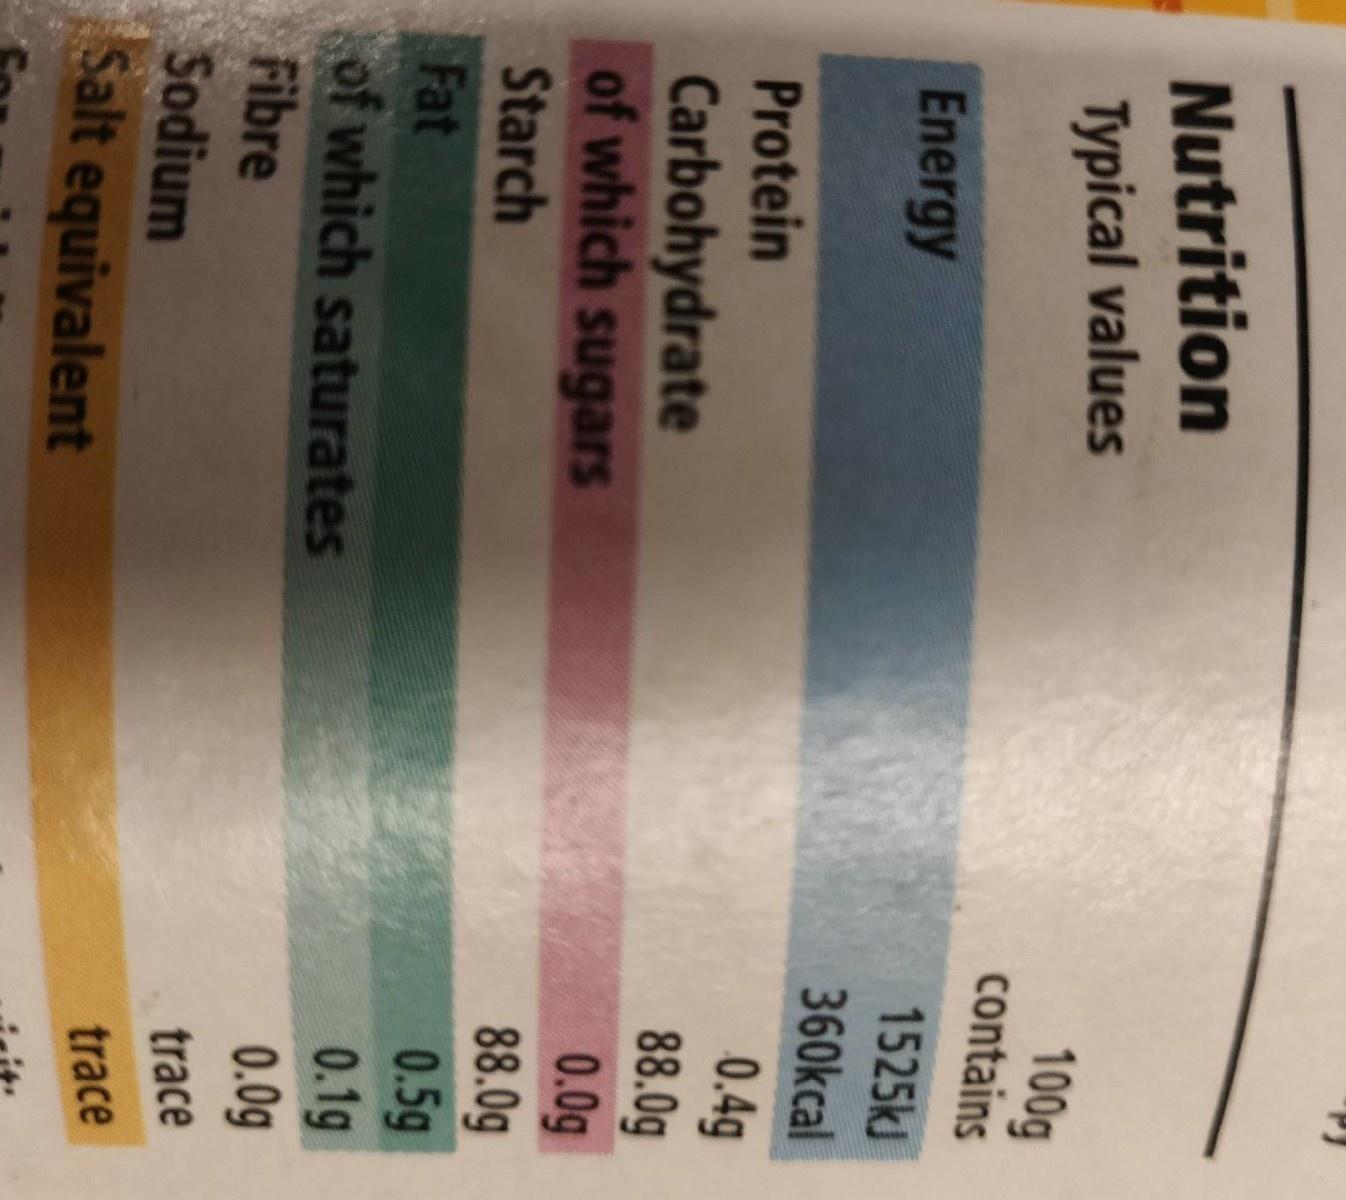
Nutrition
Typical values
100g contains
Energy
1525kJ
360kcal
0.4g 88.0g 0.0g 88.0g 0.5g 0.1g 0.0g
Protein
Carbohydrate of which sugars
Starch
Fat
of which saturates
Fibre
trace
Sodium
trace
Salt equivalent